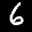
Label: 6